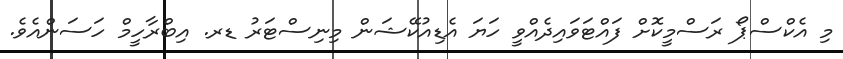
މި އެކްސްޕޯ ރަސްމީކޮށް ފައްޓަވައިދެއްވީ ހަޔަ އެޑިއުކޭޝަން މިނިސްޓަރު ޑރ. އިބްރާހީމް ހަސަންއެވެ.